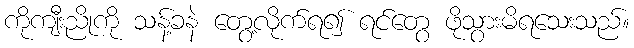
ကိုကျီးညိုကို သန့်ခနဲ တွေ့လိုက်ရ၍ ရင်တွေ ဖိုသွားမိရသေးသည်။